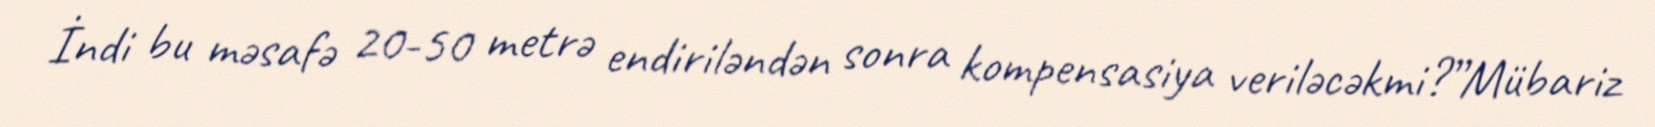
İndi bu məsafə 20-50 metrə endiriləndən sonra kompensasiya veriləcəkmi?”Mübariz